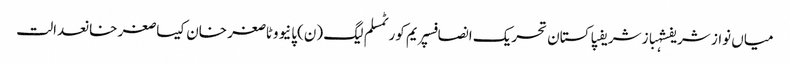
میاں نواز شریفشہباز شریفپاکستان تحریک انصافسپریم کورٹمسلم لیگ (ن)پانیووٹاصغر خان کیساصغر خانعدالت